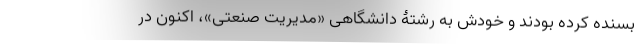
بسنده کرده بودند و خودش به رشتۀ دانشگاهی «مدیریت صنعتی»، اکنون در